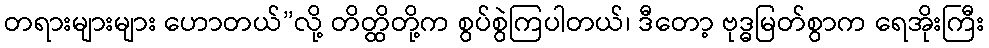
တရားများများ ဟောတယ်”လို့ တိတ္ထိတို့က စွပ်စွဲကြပါတယ်၊ ဒီတော့ ဗုဒ္ဓမြတ်စွာက ရေအိုးကြီး